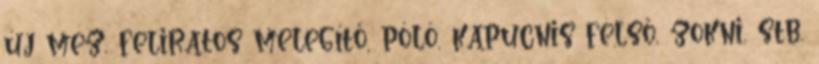
új mez, feliratos melegítő, póló, kapucnis felső, zokni, stb.